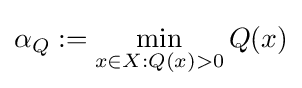
\alpha _{Q}:=\min _{x\in X:Q(x)>0}Q(x)